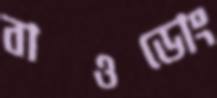
বাওডোং